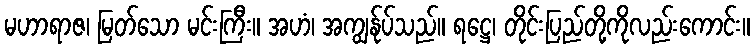
မဟာရာဇ၊ မြတ်သော မင်းကြီး။ အဟံ၊ အကျွန်ုပ်သည်။ ရဋ္ဌေ၊ တိုင်းပြည်တို့ကိုလည်းကောင်း။